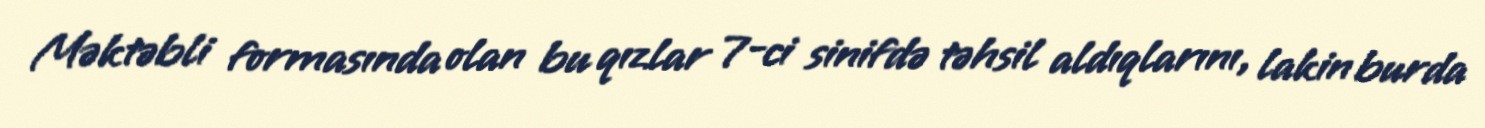
Məktəbli formasında olan bu qızlar 7-ci sinifdə təhsil aldıqlarını, lakin burda